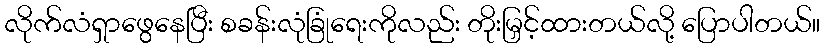
လိုက်လံရှာဖွေနေပြီး စခန်းလုံခြုံရေးကိုလည်း တိုးမြှင့်ထားတယ်လို့ ပြောပါတယ်။